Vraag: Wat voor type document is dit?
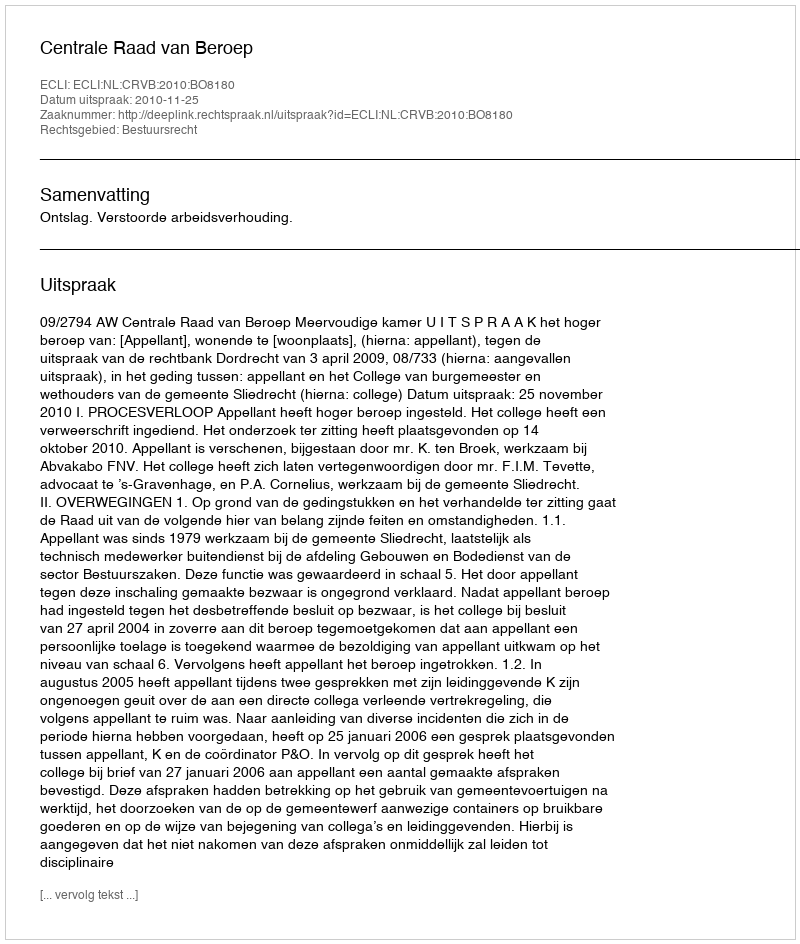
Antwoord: Uitspraak